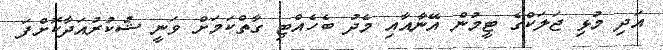
އަދި މުޅި ޖަލަކްގެ ޓީމުން އޭނާއާއި މެދު ބެހެއްޓި ގާތްކަމަށް ވަނީ ޝުކުރުއަދާކޮށްފަ